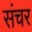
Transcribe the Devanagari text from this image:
संचर